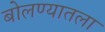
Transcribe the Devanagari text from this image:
बोलण्यातला